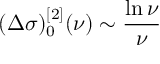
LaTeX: ( \Delta \sigma ) _ { 0 } ^ { [ 2 ] } ( \nu ) \sim { \frac { \ln \nu } { \nu } }